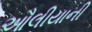
ઔલીયાની